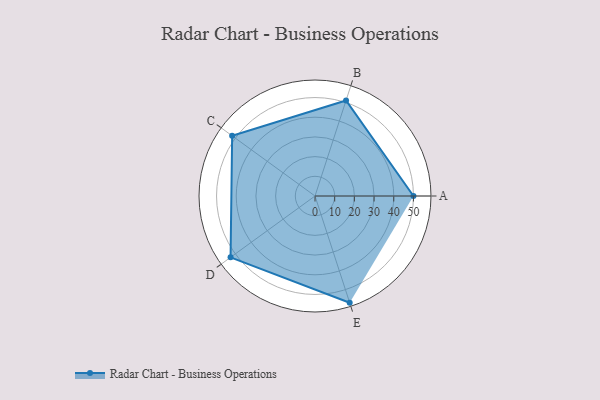
{"axis": {"x": "Skill", "y": "Score"}, "legend": ["Profile"], "data": [{"x": "A", "y": 50.0, "type": "Profile"}, {"x": "B", "y": 51.0, "type": "Profile"}, {"x": "C", "y": 52.0, "type": "Profile"}, {"x": "D", "y": 53.0, "type": "Profile"}, {"x": "E", "y": 57.0, "type": "Profile"}]}